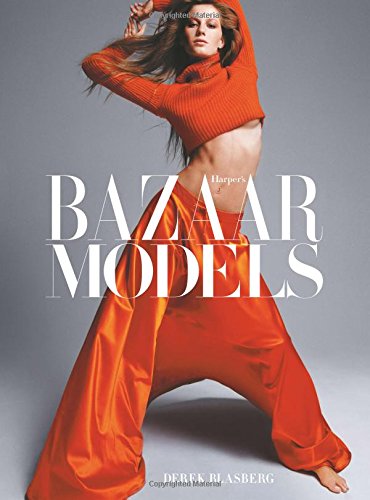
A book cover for HarperEEs Bazaar: Models; Derek Blasberg; Humor & Entertainment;